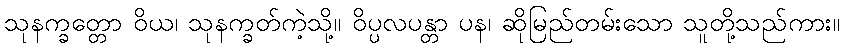
သုနက္ခတ္တော ဝိယ၊ သုနက္ခတ်ကဲ့သို့။ ဝိပ္ပလပန္တာ ပန၊ ဆိုမြည်တမ်းသော သူတို့သည်ကား။